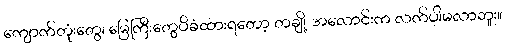
ကျောက်တုံးတွေ၊ မြေကြီးတွေပိခံထားရတော့ တချို့ အလောင်းက လက်ပါမလာဘူး။